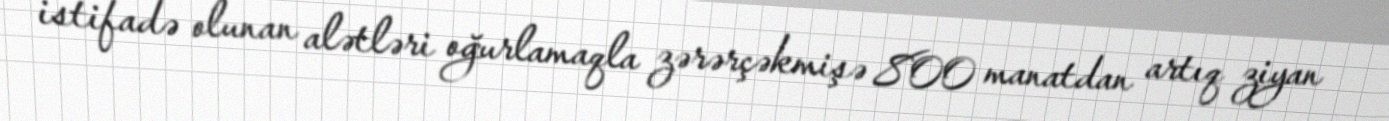
istifadə olunan alətləri oğurlamaqla zərərçəkmişə 800 manatdan artıq ziyan